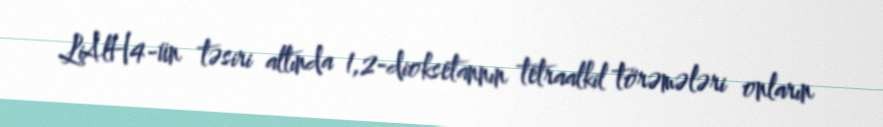
LiAlH4-ün təsiri altında 1,2-dioksetannın tetraalkil törəmələri onların